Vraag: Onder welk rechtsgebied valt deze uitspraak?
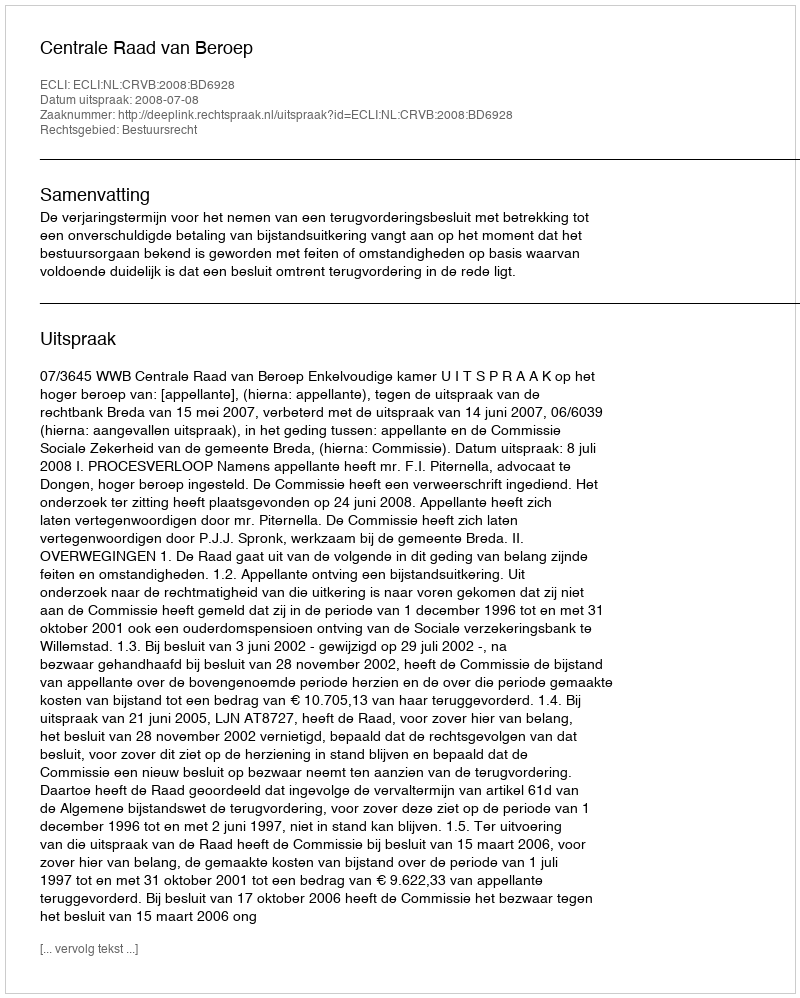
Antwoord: Bestuursrecht